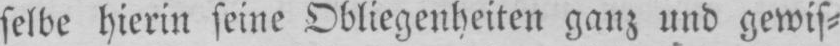
selbe hierin seine Obliegenheiten ganz und gewis⸗